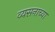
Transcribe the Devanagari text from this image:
व्यसनाच्या